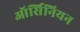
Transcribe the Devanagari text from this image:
ऑर्सिनियन